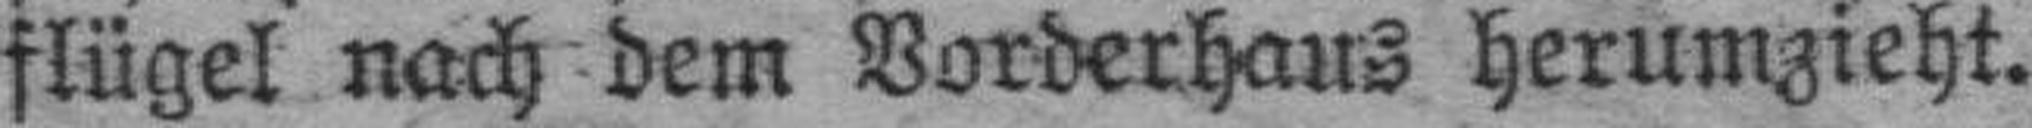
flügel nach dem Vorderhaus herumzieht.